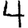
Digit: 4